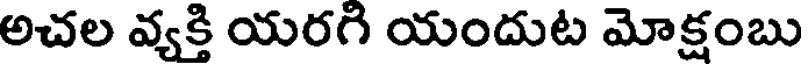
అచల వ్యక్తి యరగి యందుట మోక్షంబు